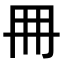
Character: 𠕋